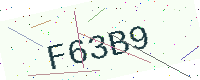
Text: F63B9